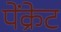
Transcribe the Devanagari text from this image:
पेंक्रेट